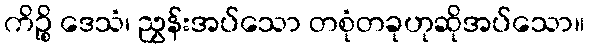
ကိဉ္စိ ဒေသံ၊ ညွှန်းအပ်သော တစုံတခုဟုဆိုအပ်သော။